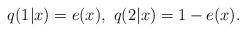
LaTeX: \begin{align*}q(1|x)=e(x), \ q(2|x)=1-e(x).\end{align*}